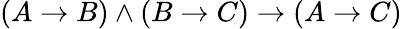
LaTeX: (A\to B)\land(B\to C)\to(A\to C)